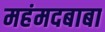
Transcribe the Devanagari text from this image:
महंमदबाबा